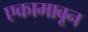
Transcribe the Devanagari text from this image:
एकामाबून